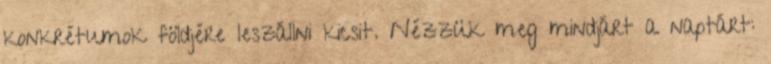
konkrétumok földjére leszállni kicsit. Nézzük meg mindjárt a naptárt: